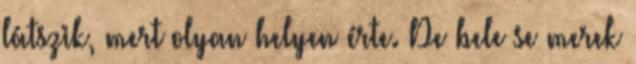
látszik, mert olyan helyen érte. De bele se merek